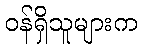
ဝန်ရှိသူများက